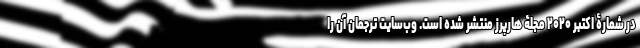
در شمارۀ اکتبر ۲۰۲۰ مجلۀ هارپرز منتشر شده است. وب‌سایت ترجمان آن را